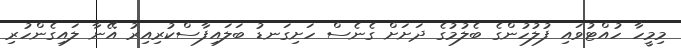
މިމީހާ ހުއްޓުވައި ފުލުހުންގެ ބެލުމުގެ ދަށަށް ގެނެސް ހަށިގަނޑު ބަލައިފާސްކުރިއިިރު އޭނާ ލައިގެންހުރި